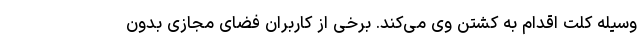
وسیله کُلت اقدام به کشتن وی می‌کند. برخی از کاربران فضای مجازی بدون